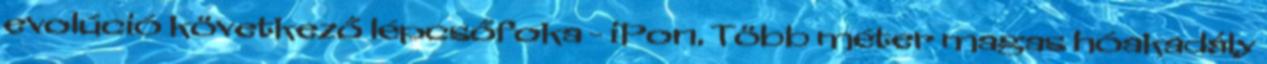
evolúció következő lépcsőfoka - iPon. Több méter magas hóakadály